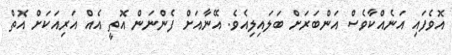
އޮވެފައި އަނެއްކާވެސް އަންބަރަށް ބަލައިލިއެވެ. އޭނާއަށް ފެންނަން އޮތީ އެއް އަރިއަކަށް އޮތް